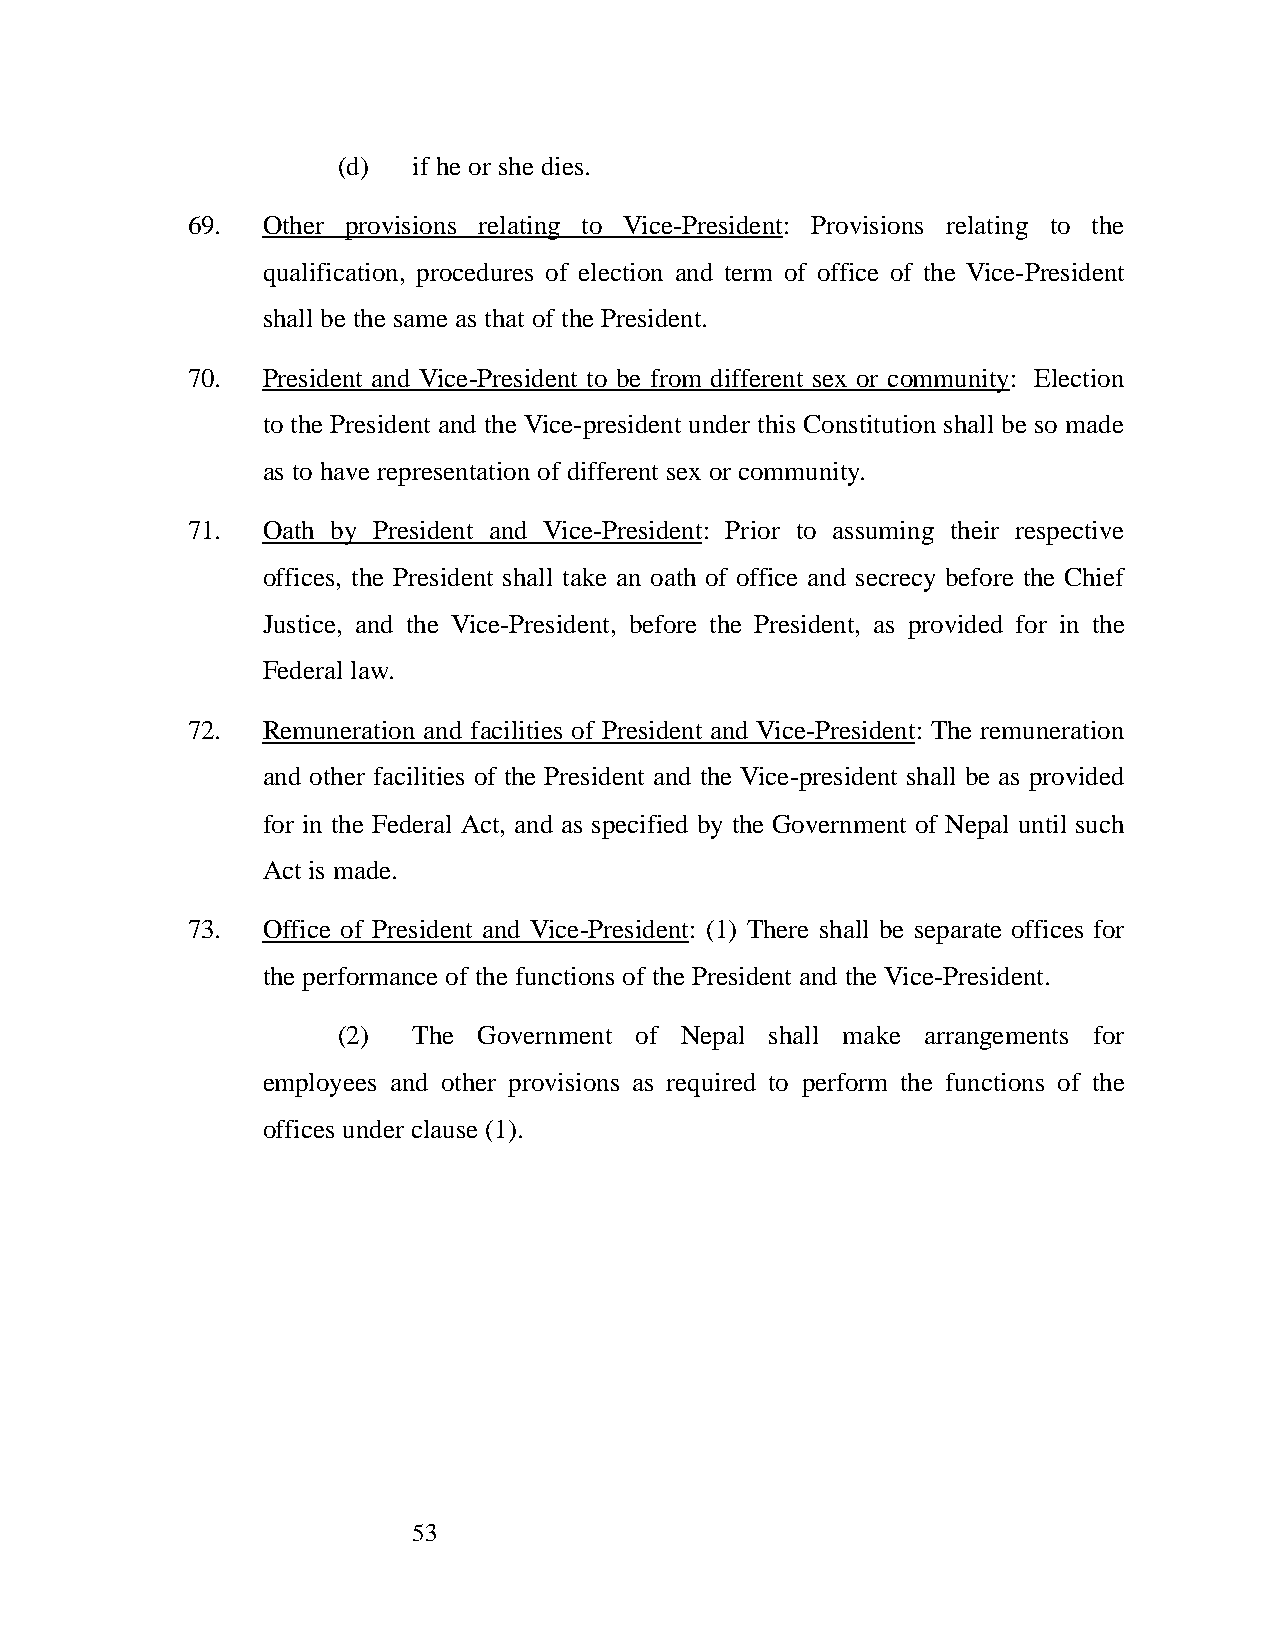
(d)  if he or she dies.
 69.  Other provisions relating to Vice-President: Provisions relating to the
 qualification, procedures of election and term of office of the Vice-President
 shall be the same as that of the President.
 70.  President and Vice-President to be from different sex or community: Election
 to the President and the Vice-president under this Constitution shall be so made
 as to have representation of different sex or community.
 71.  Oath by President and Vice-President: Prior to assuming their respective
 offices, the President shall take an oath of office and secrecy before the Chief
 Justice, and the Vice-President, before the President, as provided for in the
 Federal law.
 72.  Remuneration and facilities of President and Vice-President: The remuneration
 and other facilities of the President and the Vice-president shall be as provided
 for in the Federal Act, and as specified by the Government of Nepal until such
 Act is made.
 73.  Office of President and Vice-President: (1) There shall be separate offices for
 the performance of the functions of the President and the Vice-President.
 (2)  The  Government of Nepal shall make arrangements for
 employees and other provisions as required to perform the functions of the
 offices under clause (1).
 53